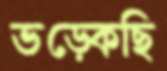
ভড়্‌কেছি